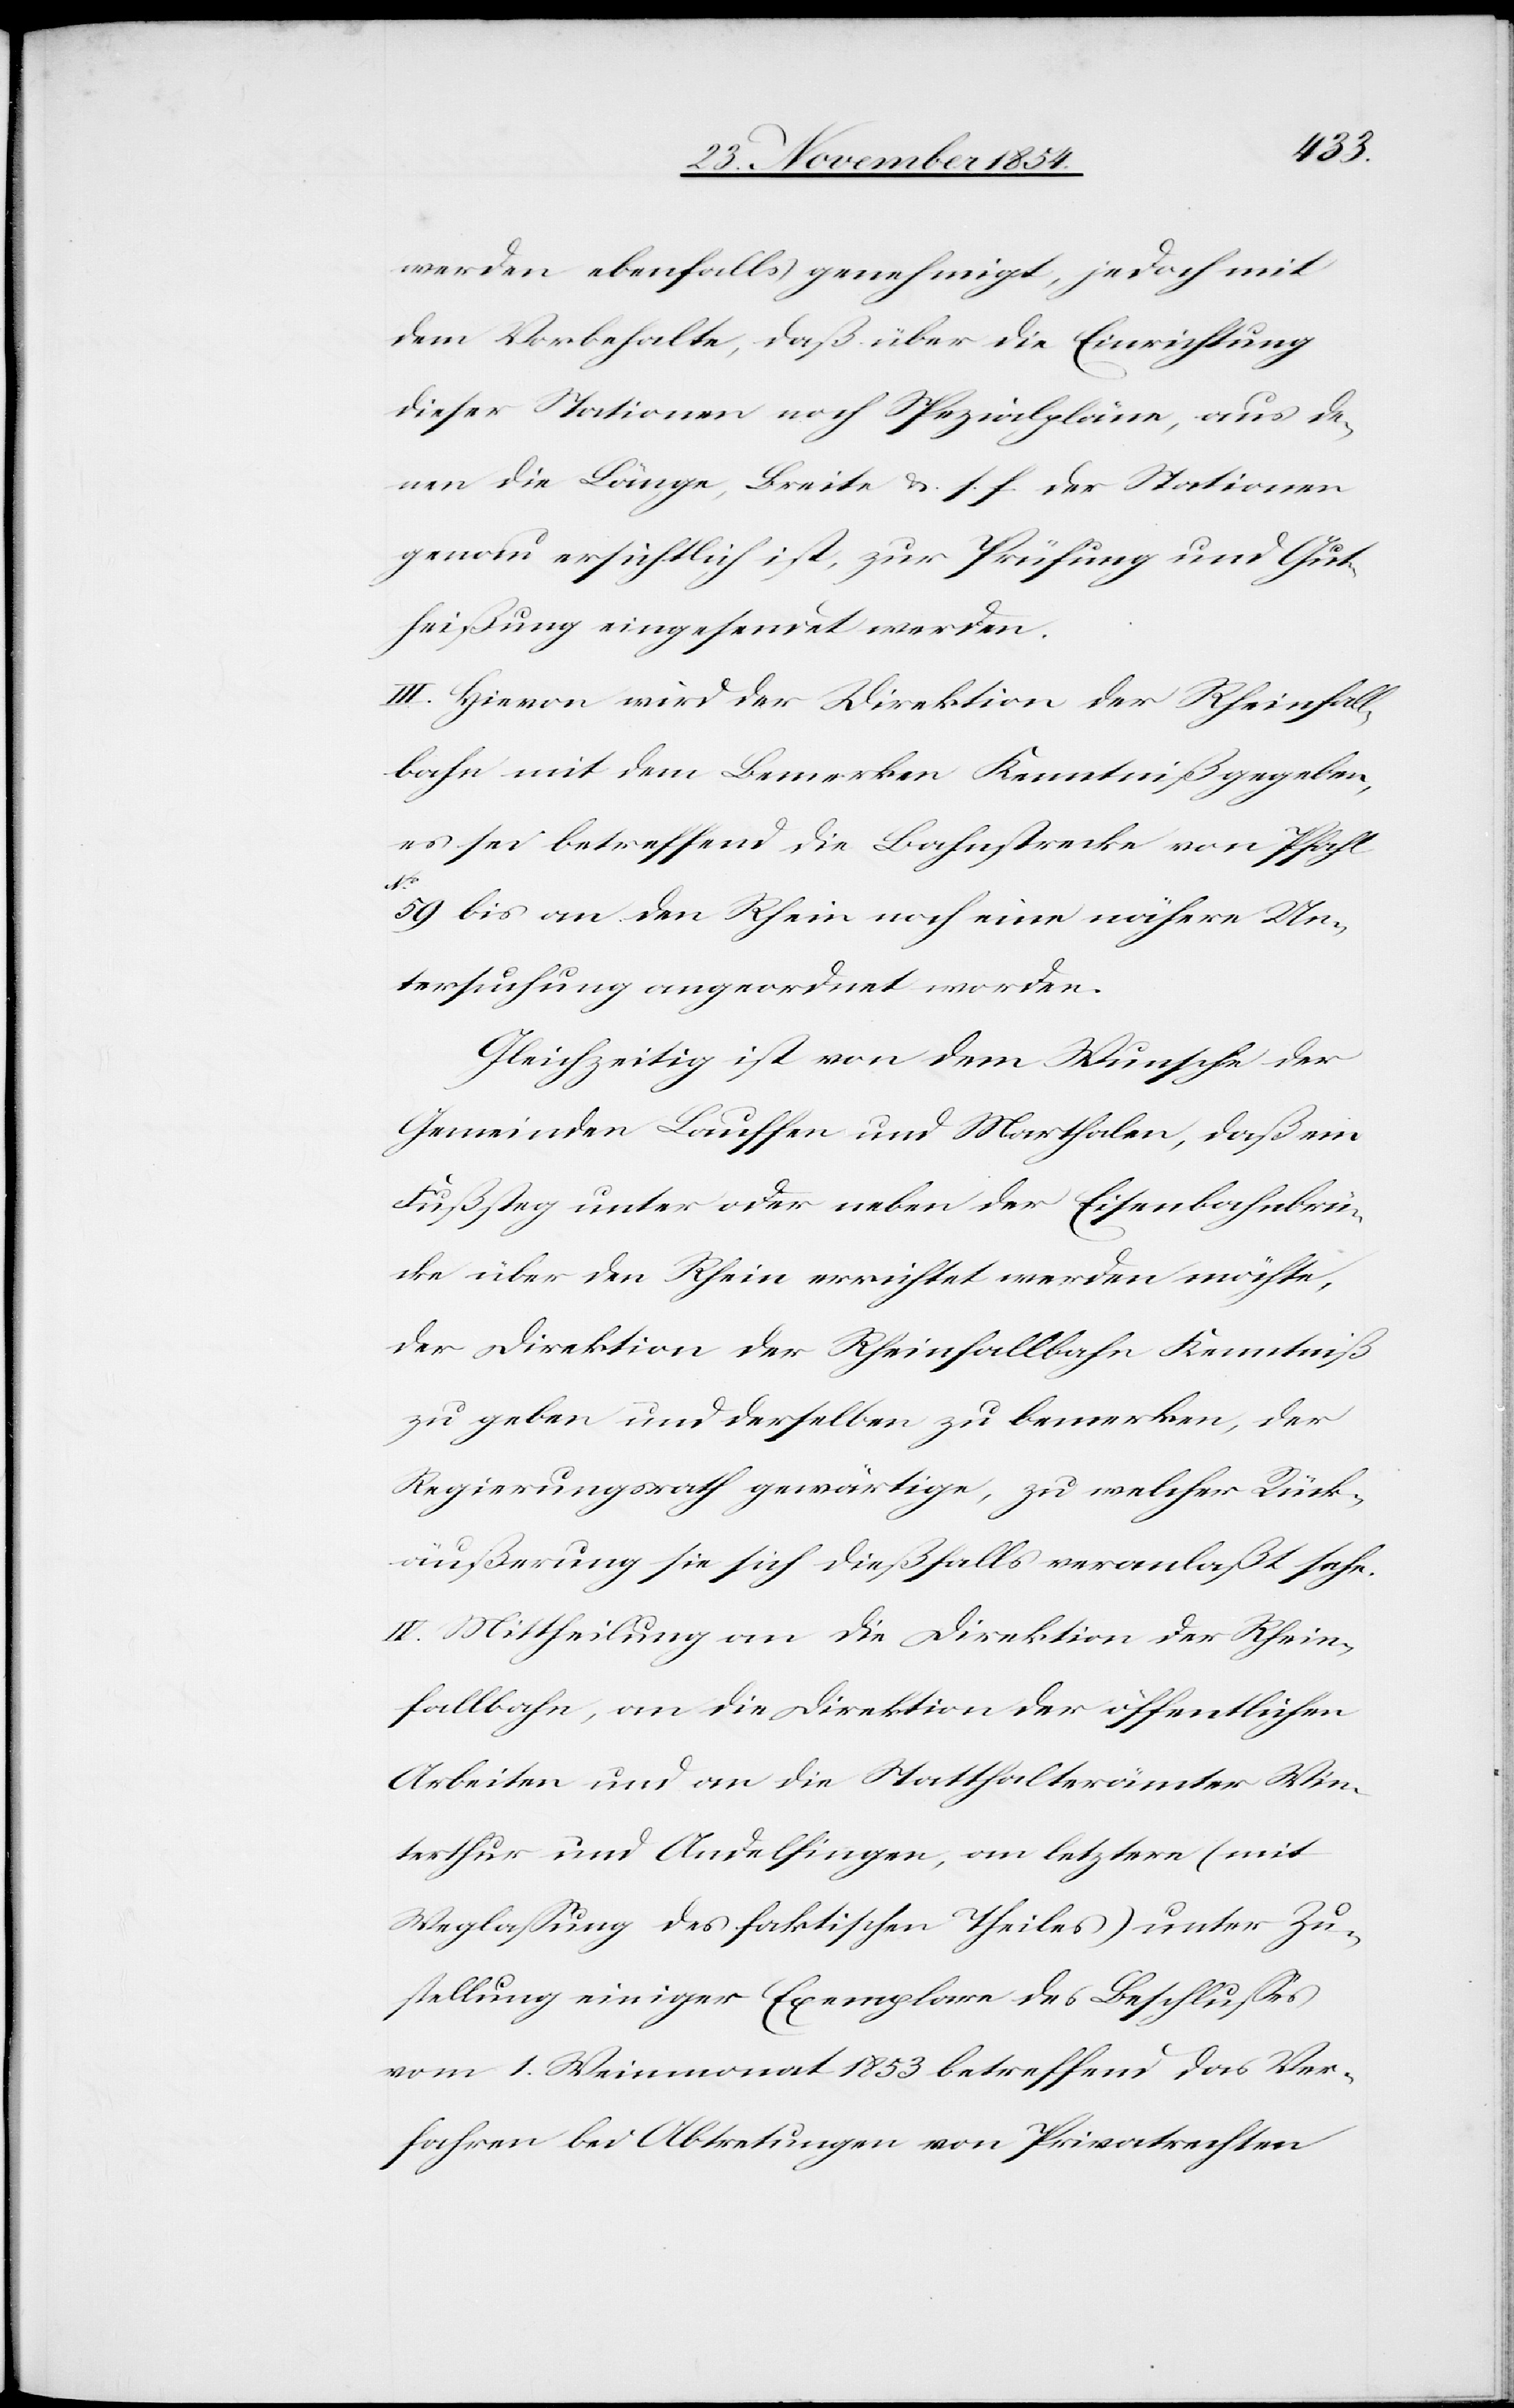
werden ebenfalls genehmigt, jedoch mit
dem Vorbehalte, daß über die Einrichtung
dieser Stationen noch Spezialpläne, aus de¬
nen die Länge, Breite u. s. f. der Stationen
genau ersichtlich ist, zur Prüfung und Gut¬
heißung eingesendet werden.
III. Hievon wird der Direktion der Rheinfall¬
bahn mit dem Bemerken Kenntniß gegeben,
es sei betreffend die Bahnstrecke von Pfahl
59 bis an den Rhein noch eine nähere Un¬
tersuchung angeordnet worden.
Gleichzeitig ist v on dem Wunsche der
Gemeinden Lauffen und Marthalen, daß ein
Fußsteg unter oder neben der Eisenbahnbrü¬
cke über den Rhein errichtet werden möchte,
der Direktion der Rheinfallbahn Kenntniß
zu geben und derselben zu bemerken, der
Regierungsrath gewärtige, zu welcher Rück¬
äußerung sie sich dießfalls veranlaßt sehe.
IV. Mittheilung an die Direktion der Rhein¬
fallbahn, an die Direktion der öffentlichen
Arbeiten und an die Statthalterämter Win¬
terthur und Andelfingen, an letztere (mit
Weglaßung des faktischen Theiles) unter Zu¬
stellung einiger Exemplare des Beschlußes
vom 1. Weinmonat 1853 betreffend das Ver¬
fahren bei Abtretungen von Privatrechten